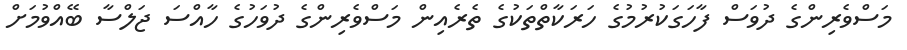
މަސްވެރިންގެ ދުވަސް ފާހަގަކުރުމުގެ ހަރަކާތްތަކުގެ ތެރެއިން މަސްވެރިންގެ ދުވަހުގެ ހާއްސަ ޖަލްސާ ބޭއްވުމަށް